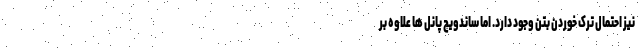
نیز احتمال ترک خوردن بتن وجود دارد. اما ساندویچ پانل ها علاوه بر